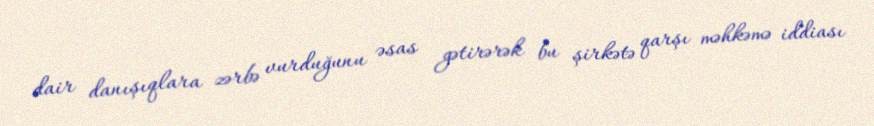
dair danışıqlara zərbə vurduğunu əsas gətirərək bu şirkətə qarşı məhkəmə iddiası